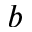
b